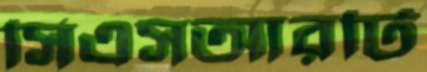
সিএসআরটি